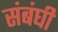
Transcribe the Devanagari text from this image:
संबंघी